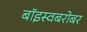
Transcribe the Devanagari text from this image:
बॉइस्वबरोबर